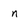
Character: n